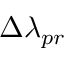
\Delta \lambda _ { p r }